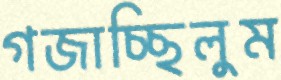
গজাচ্ছিলুম